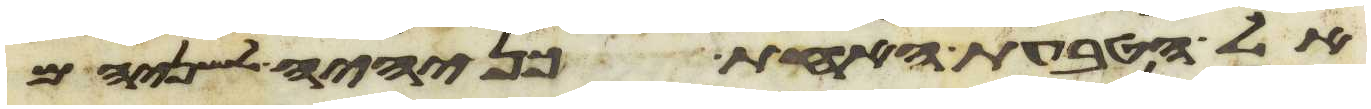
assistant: אל הטבעת האחת כן יהיה לשניהם